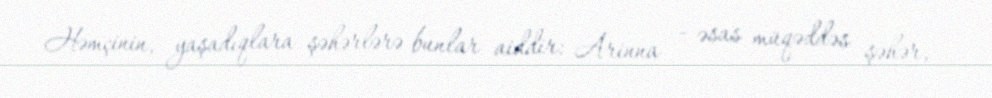
Həmçinin, yaşadıqlara şəhərlərə bunlar aiddir: Arinna — əsas müqəddəs şəhər,